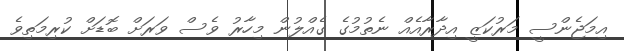
އިމަޖެންސީ މަރުކަޒީ އިދާރާއެއް ނެތުމުގެ ގެއްލުން މިހާރު ވެސް ވަރަށް ބޮޑަށް ކުރިމަތިވެ